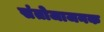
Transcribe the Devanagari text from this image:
संतोजाजनक